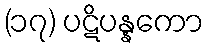
(၁၇) ပဋိပန္နကော